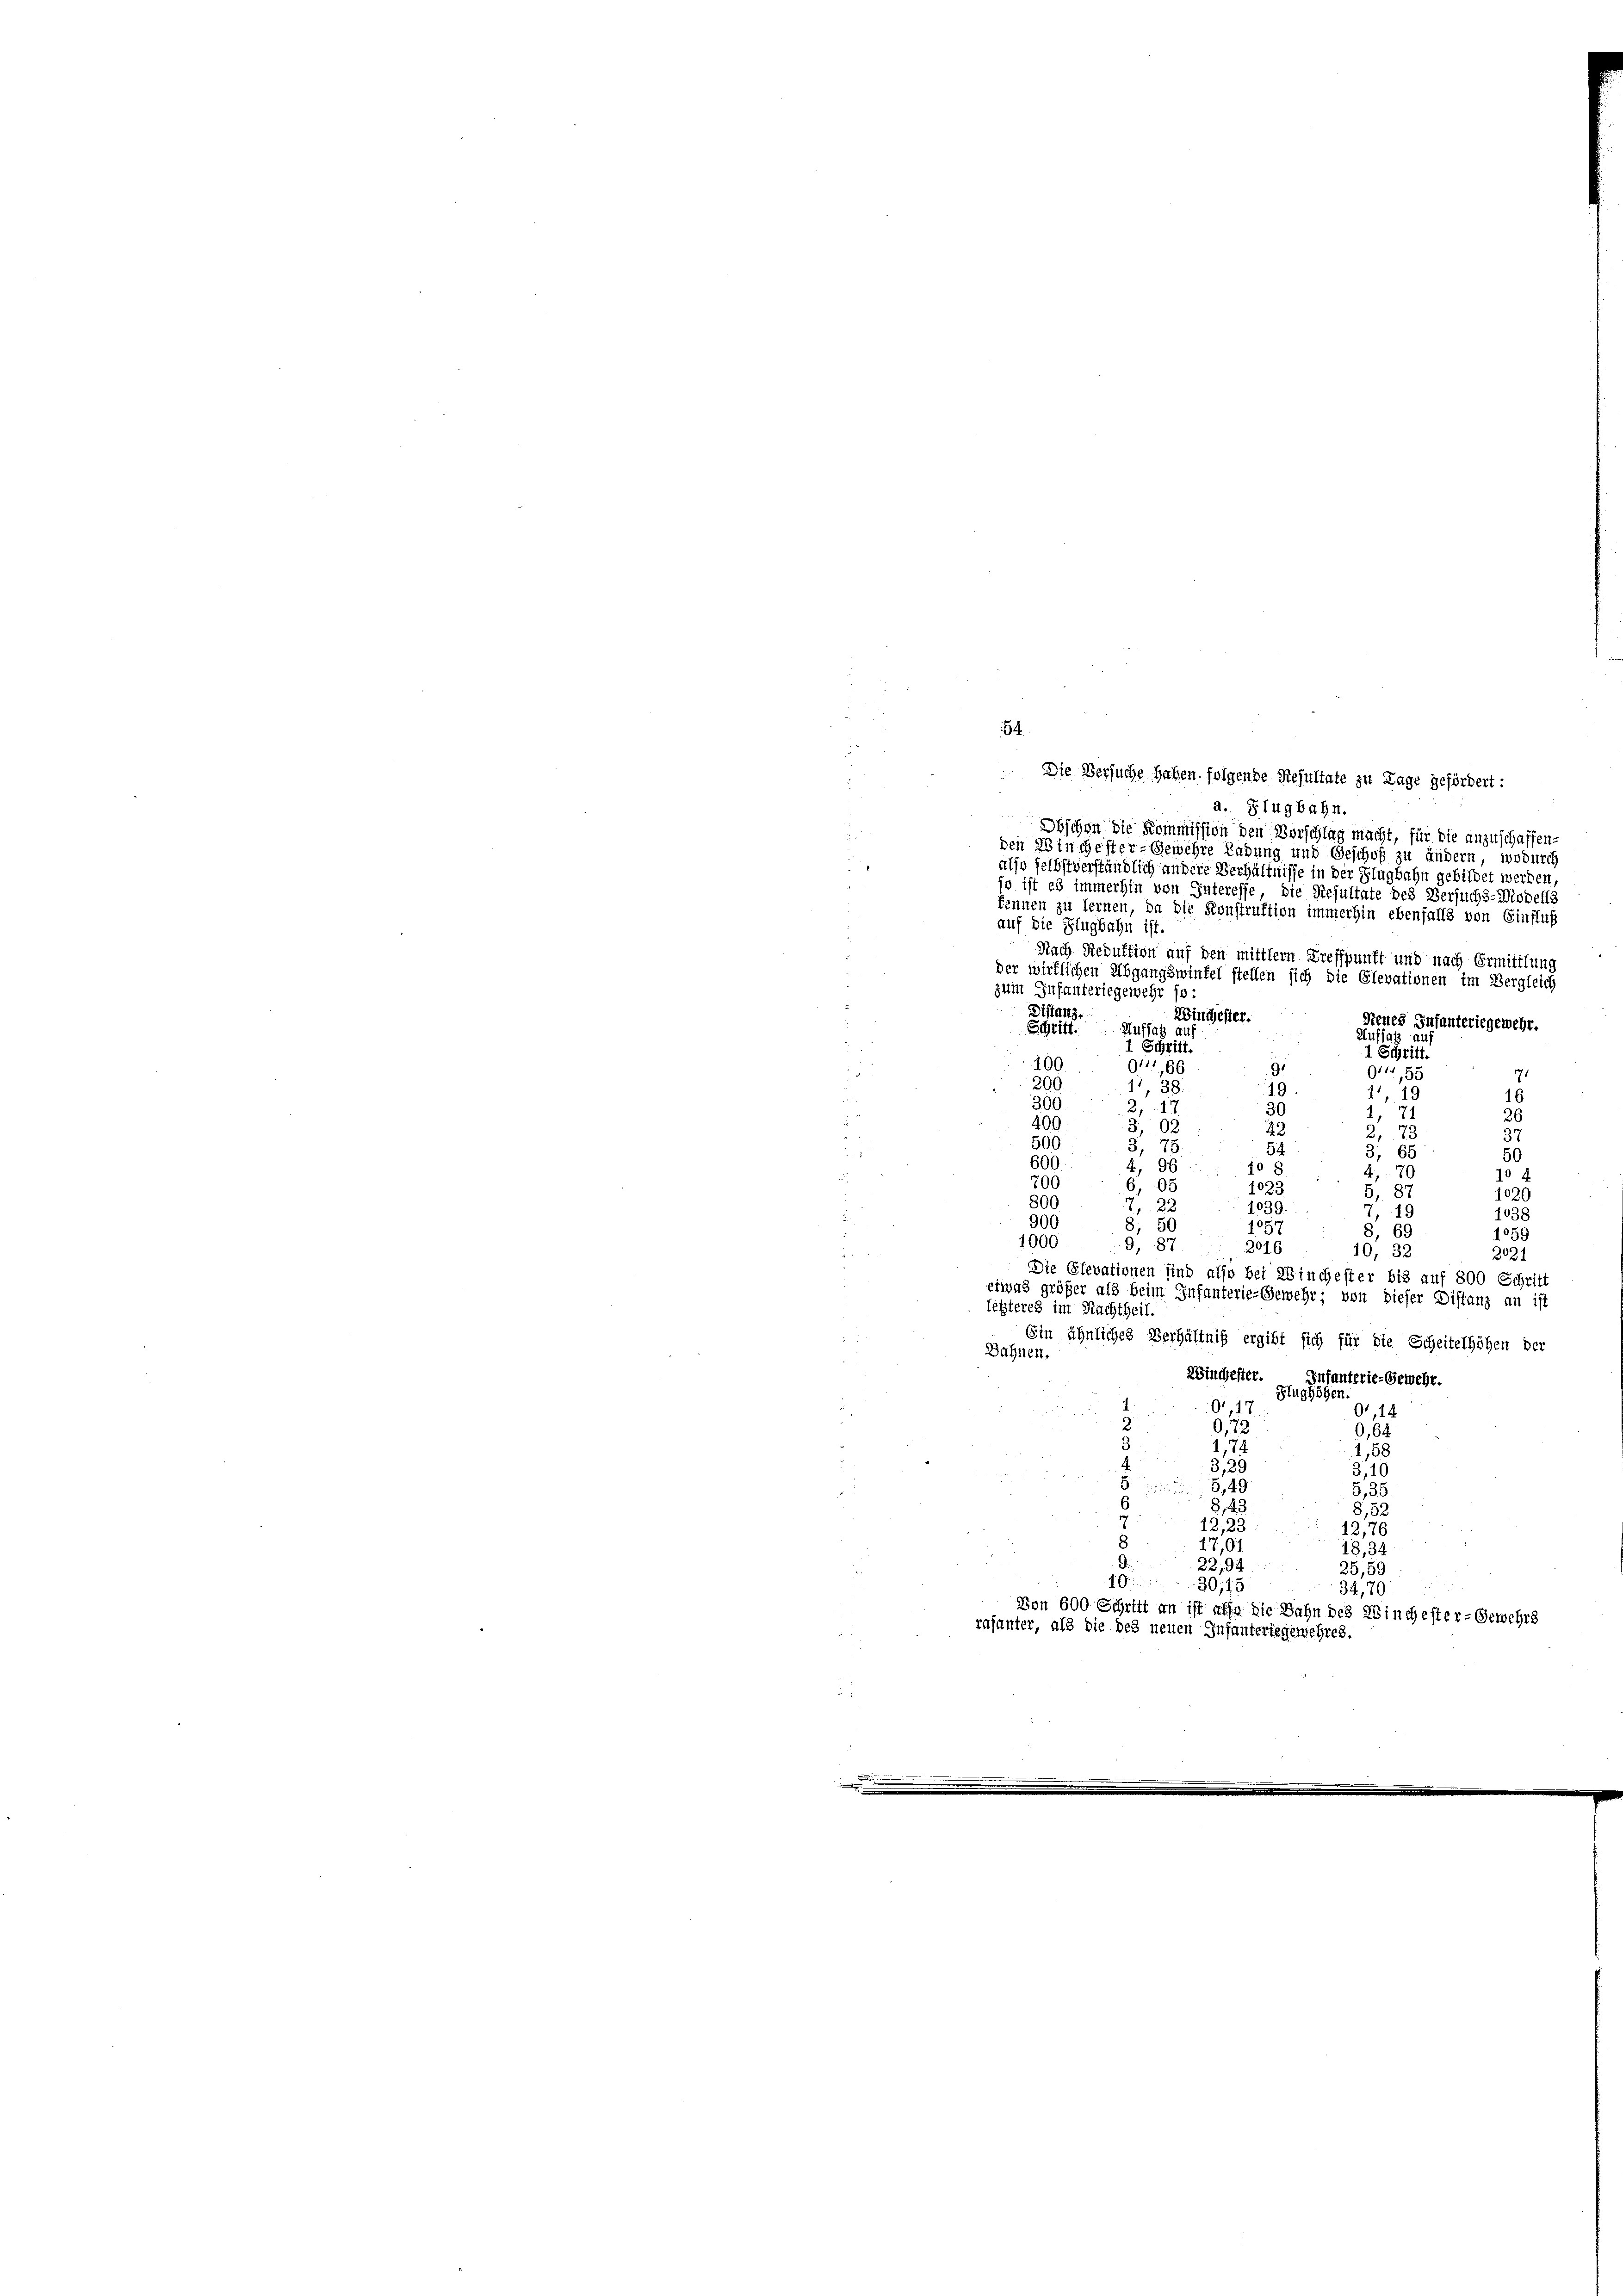
d

54

Die Versuche haben folgende Resultate zu Lage gefördert:
a. Flugbahn.
Obschon die Kommission den Vorschlag macht, für die anzuschaffenden Winchester-Gewehre Ladung und Geschof zu ändern, wodurch
also selbstverständlich andere Verhältnisse in der Flugbahn gebildet werden,
so ist es immerhin von Interesse, die Resultate des Versuchs-Modells
fennen zu lernen, da die Konstruktion immerhin ebenfalls von Einfluß
auf die Flugbahn ist.
Nach Reduktion auf den mittlern Treffpunft und nach Ermittlung
der wirklichen Abgangswinfel stellen sich die Glevationen im Vergleich
zum Infanteriegewehr so:
.
Distanz.
Wingester
Seues Infanteriegewehr.
Schritt. Auffah
Auffas
.
1 Schritt.
1 Schritt.
100.
911,66
914,55
71
200.
41, 3
19
119
16
300.
2, 17.
30
26
400.
3,02
43
37
500
, 78.
54
E
d
50
0
4, 96
10.
4,70
1

700
05
1023.
87
1020
800
1, 22
1039.
19
.
1038
900
8, 50
1057
8, 69
1059
1000.
9. 87.
2016
10, 32.
2021
Die Elevationen sind also bei Winchester bis auf 800 Schritt
etwas größer als beim Infanterie-Gewehr; von dieser Distanz an ist
letzteres im Nachtheil.
Ein ähnliches Verhältniß ergibt sich für die Scheitelhöhen der
Bahnen.
Winchester. Infanterie-Gewehr.
Flughöhe
01, 17
0,14
0,72
0,64
1,74
1,58
3,29
3,10
5 849
G,35
8,43
8,52
12,23
12,76
17,01
18,34
22,94
25,59
10.
30,45
34,70
Von 600 Schritt an ist affe die Bahn des Winchester-Gewehrs
rasanter, als die des neuen Infantertegerschres.